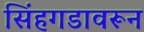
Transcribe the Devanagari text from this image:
सिंहगडावरून